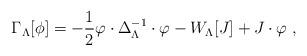
LaTeX: \begin{align*}\Gamma_{\Lambda}[\phi]=-\frac{1}{2}\varphi\cdot\Delta^{-1}_{\Lambda}\cdot\varphi - W_{\Lambda}[J] +J\cdot\varphi\;, \end{align*}